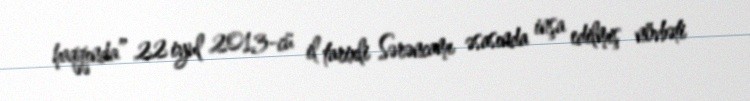
haqqında” 22 iyul 2013-cü il tarixli Sərəncamı əsasında inşa edilmiş növbəti